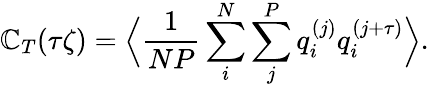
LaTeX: \mathbb{C}_{T}(\tau\zeta)=\Big\langle\frac{{1}}{{NP}}\sum_{i}^{N}\sum_{j}^{P}q_{i}^{(j)}q_{i}^{(j+\tau)}\Big\rangle.